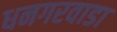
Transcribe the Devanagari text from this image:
धनगरवाडा